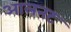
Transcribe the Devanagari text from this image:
आलनट